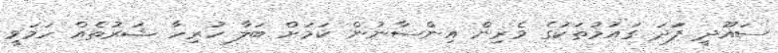
ސައޫދީ ފަަދަ ގައުމުތަކުގެ ވެރިން އިންސާނުން ކަމަށް ބަލާ ހުރިހާ ޝަރުތެއް ހަމަވީ